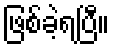
ဖြစ်ခဲ့ရပြီ။